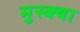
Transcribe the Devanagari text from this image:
मुस्क्या